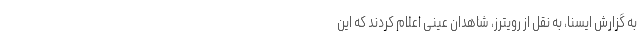
به گزارش ایسنا، به نقل از رویترز، شاهدان عینی اعلام کردند که این